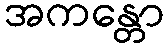
အကန္တော